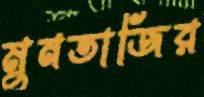
মুনতাজির